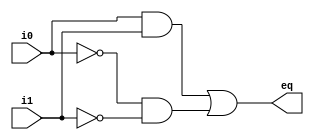
module bit_one_cmp(
	input wire i0,i1,
	output wire eq
	);
	wire p1,p2;
	assign eq = p1 | p2;
	assign p1=i0 & i1;
	assign p2= ~i0 & ~i1;
			
		initial begin
			

			//$monitor(eq); 
		end

endmodule


module bit_two_cmp(
	input [1:0] A,B,
	output wire eq2
	);
	wire e1,e2;
	bit_one_cmp for_first(.i0(A[1]),.i1(B[1]),.eq(e1));
	bit_one_cmp for_sec(.i0(A[0]),.i1(B[0]),.eq(e2));
	assign eq2 = e1 & e2;
	// initial begin
	// 	$monitor(eq2);
	// end
endmodule

module bit_four_cmp(
	input [3:0] A,B,
	output eq
	);
	wire e1,e2;
	bit_two_cmp for_first(.A(A[3:2]),.B(B[3:2]),.eq2(e1));
	bit_two_cmp for_sec(.A(A[1:0]),.B(B[1:0]),.eq2(e2));
	assign eq = e1 & e2;
	initial begin
		$monitor(eq);
	end
endmodule